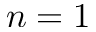
n = 1